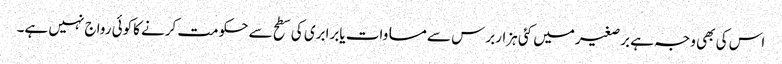
اس کی بھی وجہ ہے برصغیرمیں کئی ہزاربرس سے مساوات یابرابری کی سطح سے حکومت کرنے کاکوئی رواج نہیں ہے۔